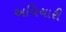
અવિચારી